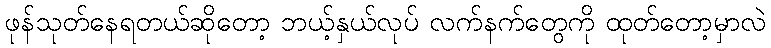
ဖုန်သုတ်နေရတယ်ဆိုတော့ ဘယ့်နှယ်လုပ် လက်နက်တွေကို ထုတ်တော့မှာလဲ